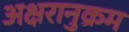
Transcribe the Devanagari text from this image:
अक्षरानुक्रम